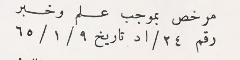
مرخص بموجب علم وخبر رقم ٢٤/اد تاريخ ٩/ ١/ ٦٥